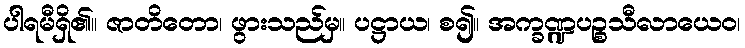
ပါရမီရှိ၏။ ဇာတိတော၊ ဖွားသည်မှ။ ပဋ္ဌာယ၊ စ၍။ အက္ခဏ္ဍပဉ္စသီလာယေဝ၊